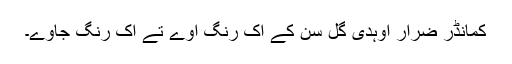
کمانڈر ضرار اوہدی گل سن کے اک رنگ آوے تے اک رنگ جاوے۔